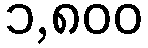
၁,၈၀၀